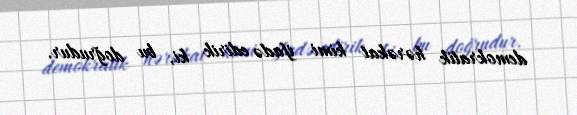
demokratik hərəkat kimi ifadə edirik ki, bu doğrudur.